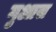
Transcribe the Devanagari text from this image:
गुआस